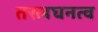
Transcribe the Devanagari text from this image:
तरलघनत्व